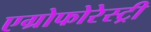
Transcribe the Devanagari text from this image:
एग्रोफोरेस्ट्री